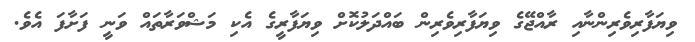
ވިޔަފާރިވެރިންނާއި ރާއްޖޭގެ ވިޔަފާރިވެރިން ބައްދަލުކޮށް ވިޔަފާރީގެ އެކި މަޝްވަރާތައް ވަނީ ފަށާފަ އެވެ.